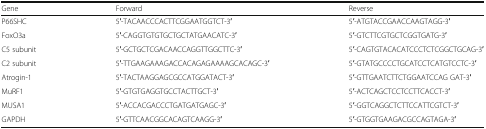
<table><thead><tr><td><b>Gene</b></td><td><b>Forward</b></td><td><b>Reverse</b></td></tr></thead><tbody><tr><td>P66SHC</td><td>5′-TACAACCCACTTCGGAATGGTCT-3′</td><td>5′-ATGTACCGAACCAAGTAGG-3′</td></tr><tr><td>FoxO3a</td><td>5′-CAGGTGTGTGCTGCTATGAACATC-3′</td><td>5′-GTCTTCGTGCTCGGTGATG-3′</td></tr><tr><td>C5 subunit</td><td>5′-GCTGCTCGACAACCAGGTTGGCTTC-3′</td><td>5′-CAGTGTACACATCCCTCTCGGCTGCAG-3′</td></tr><tr><td>C2 subunit</td><td>5′-TTGAAGAAAGACCACAGAGAAAAGCACAGC-3′</td><td>5′-GTATGCCCCTGCATCCTCATGTCCTC-3′</td></tr><tr><td>Atrogin-1</td><td>5′-TACTAAGGAGCGCCATGGATACT-3′</td><td>5′-GTTGAATCTTCTGGAATCCAG GAT-3′</td></tr><tr><td>MuRF1</td><td>5′-GTGTGAGGTGCCTACTTGCT-3′</td><td>5′-ACTCAGCTCCTCCTTCACCT-3′</td></tr><tr><td>MUSA1</td><td>5′-ACCACGACCCTGATGATGAGC-3′</td><td>5′-GGTCAGGCTCTTCCATTCGTCT-3′</td></tr><tr><td>GAPDH</td><td>5′-GTTCAACGGCACAGTCAAGG-3′</td><td>5′-GTGGTGAAGACGCCAGTAGA-3′</td></tr></tbody></table>